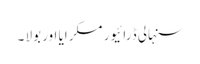
سنہالی ڈرائیور مسکرایا اور بولا ۔